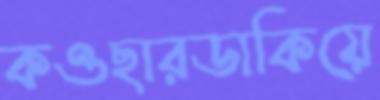
কওছারডাকিয়ে